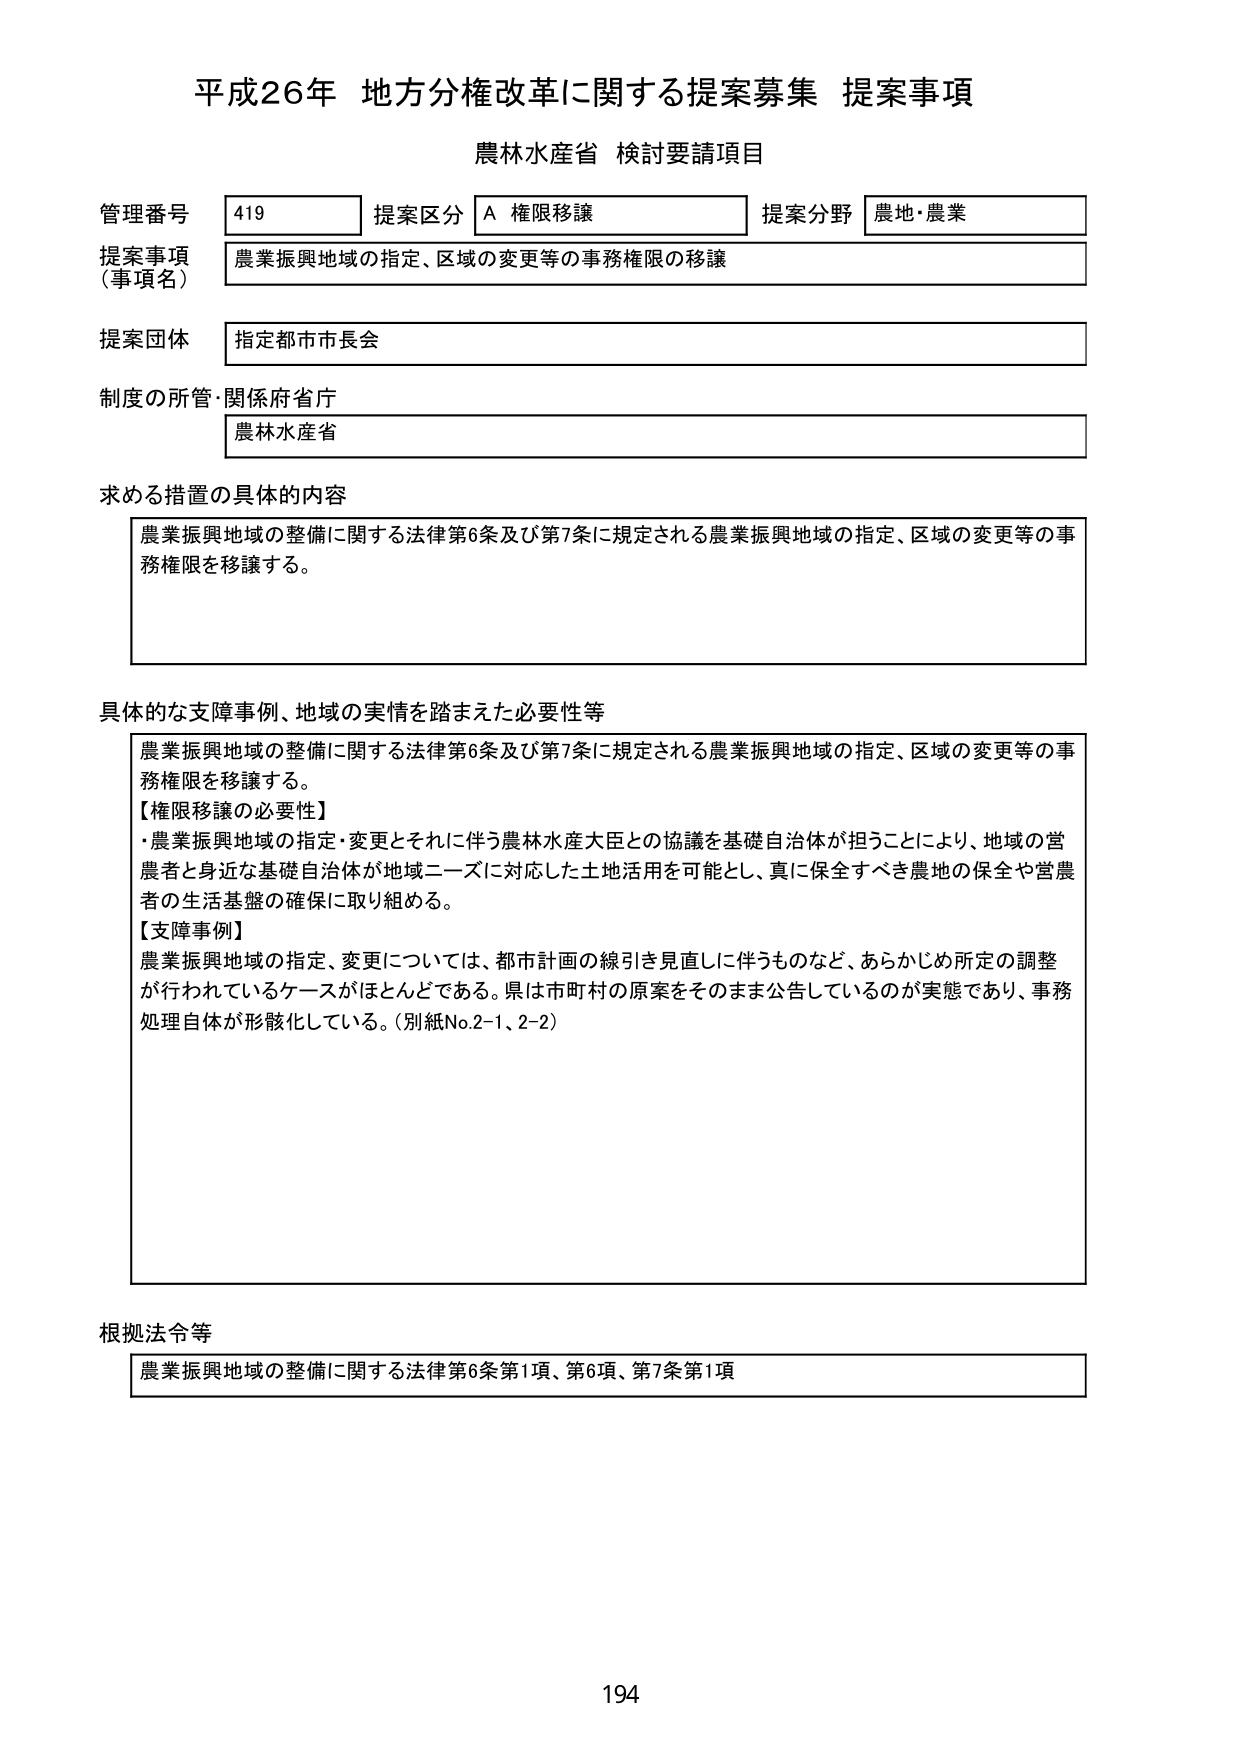
平成26年 地方分権改革に関する提案募集 提案事項
農林水産省 検討要請項目

管理番号 419 提案区分 A 権限移譲 提案分野 農地・農業
提案事項（事項名） 農業振興地域の指定、区域の変更等の事務権限の移譲
提案団体 指定都市市長会
制度の所管・関係府省庁 農林水産省

求める措置の具体的内容
農業振興地域の整備に関する法律第6条及び第7条に規定される農業振興地域の指定、区域の変更等の事務権限を移譲する。

具体的な支障事例、地域の実情を踏まえた必要性等
農業振興地域の整備に関する法律第6条及び第7条に規定される農業振興地域の指定、区域の変更等の事務権限を移譲する。
【権限移譲の必要性】
・農業振興地域の指定・変更とそれに伴う農林水産大臣との協議を基礎自治体が担うことにより、地域の営農者と身近な基礎自治体が地域ニーズに対応した土地活用を可能とし、真に保全すべき農地の保全や営農者の生活基盤の確保に取り組める。
【支障事例】
農業振興地域の指定、変更については、都市計画の線引き見直しに伴うものなど、あらかじめ所定の調整が行われているケースがほとんどである。県は市町村の原案をそのまま公告しているのが実態であり、事務処理自体が形骸化している。（別紙No.2-1、2-2）

根拠法令等
農業振興地域の整備に関する法律第6条第1項、第6項、第7条第1項

194